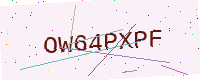
Text: OW64PXPF